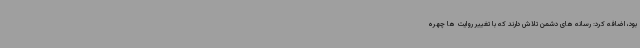
بود، اضافه کرد: رسانه های دشمن تلاش دارند که با تغییر روایت ها چهره